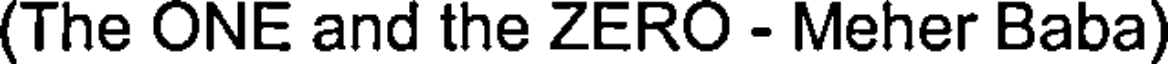
(The ONE and the ZERO - Meher Baba)